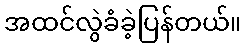
အထင်လွဲခံခဲ့ပြန်တယ်။